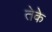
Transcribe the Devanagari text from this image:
तेके